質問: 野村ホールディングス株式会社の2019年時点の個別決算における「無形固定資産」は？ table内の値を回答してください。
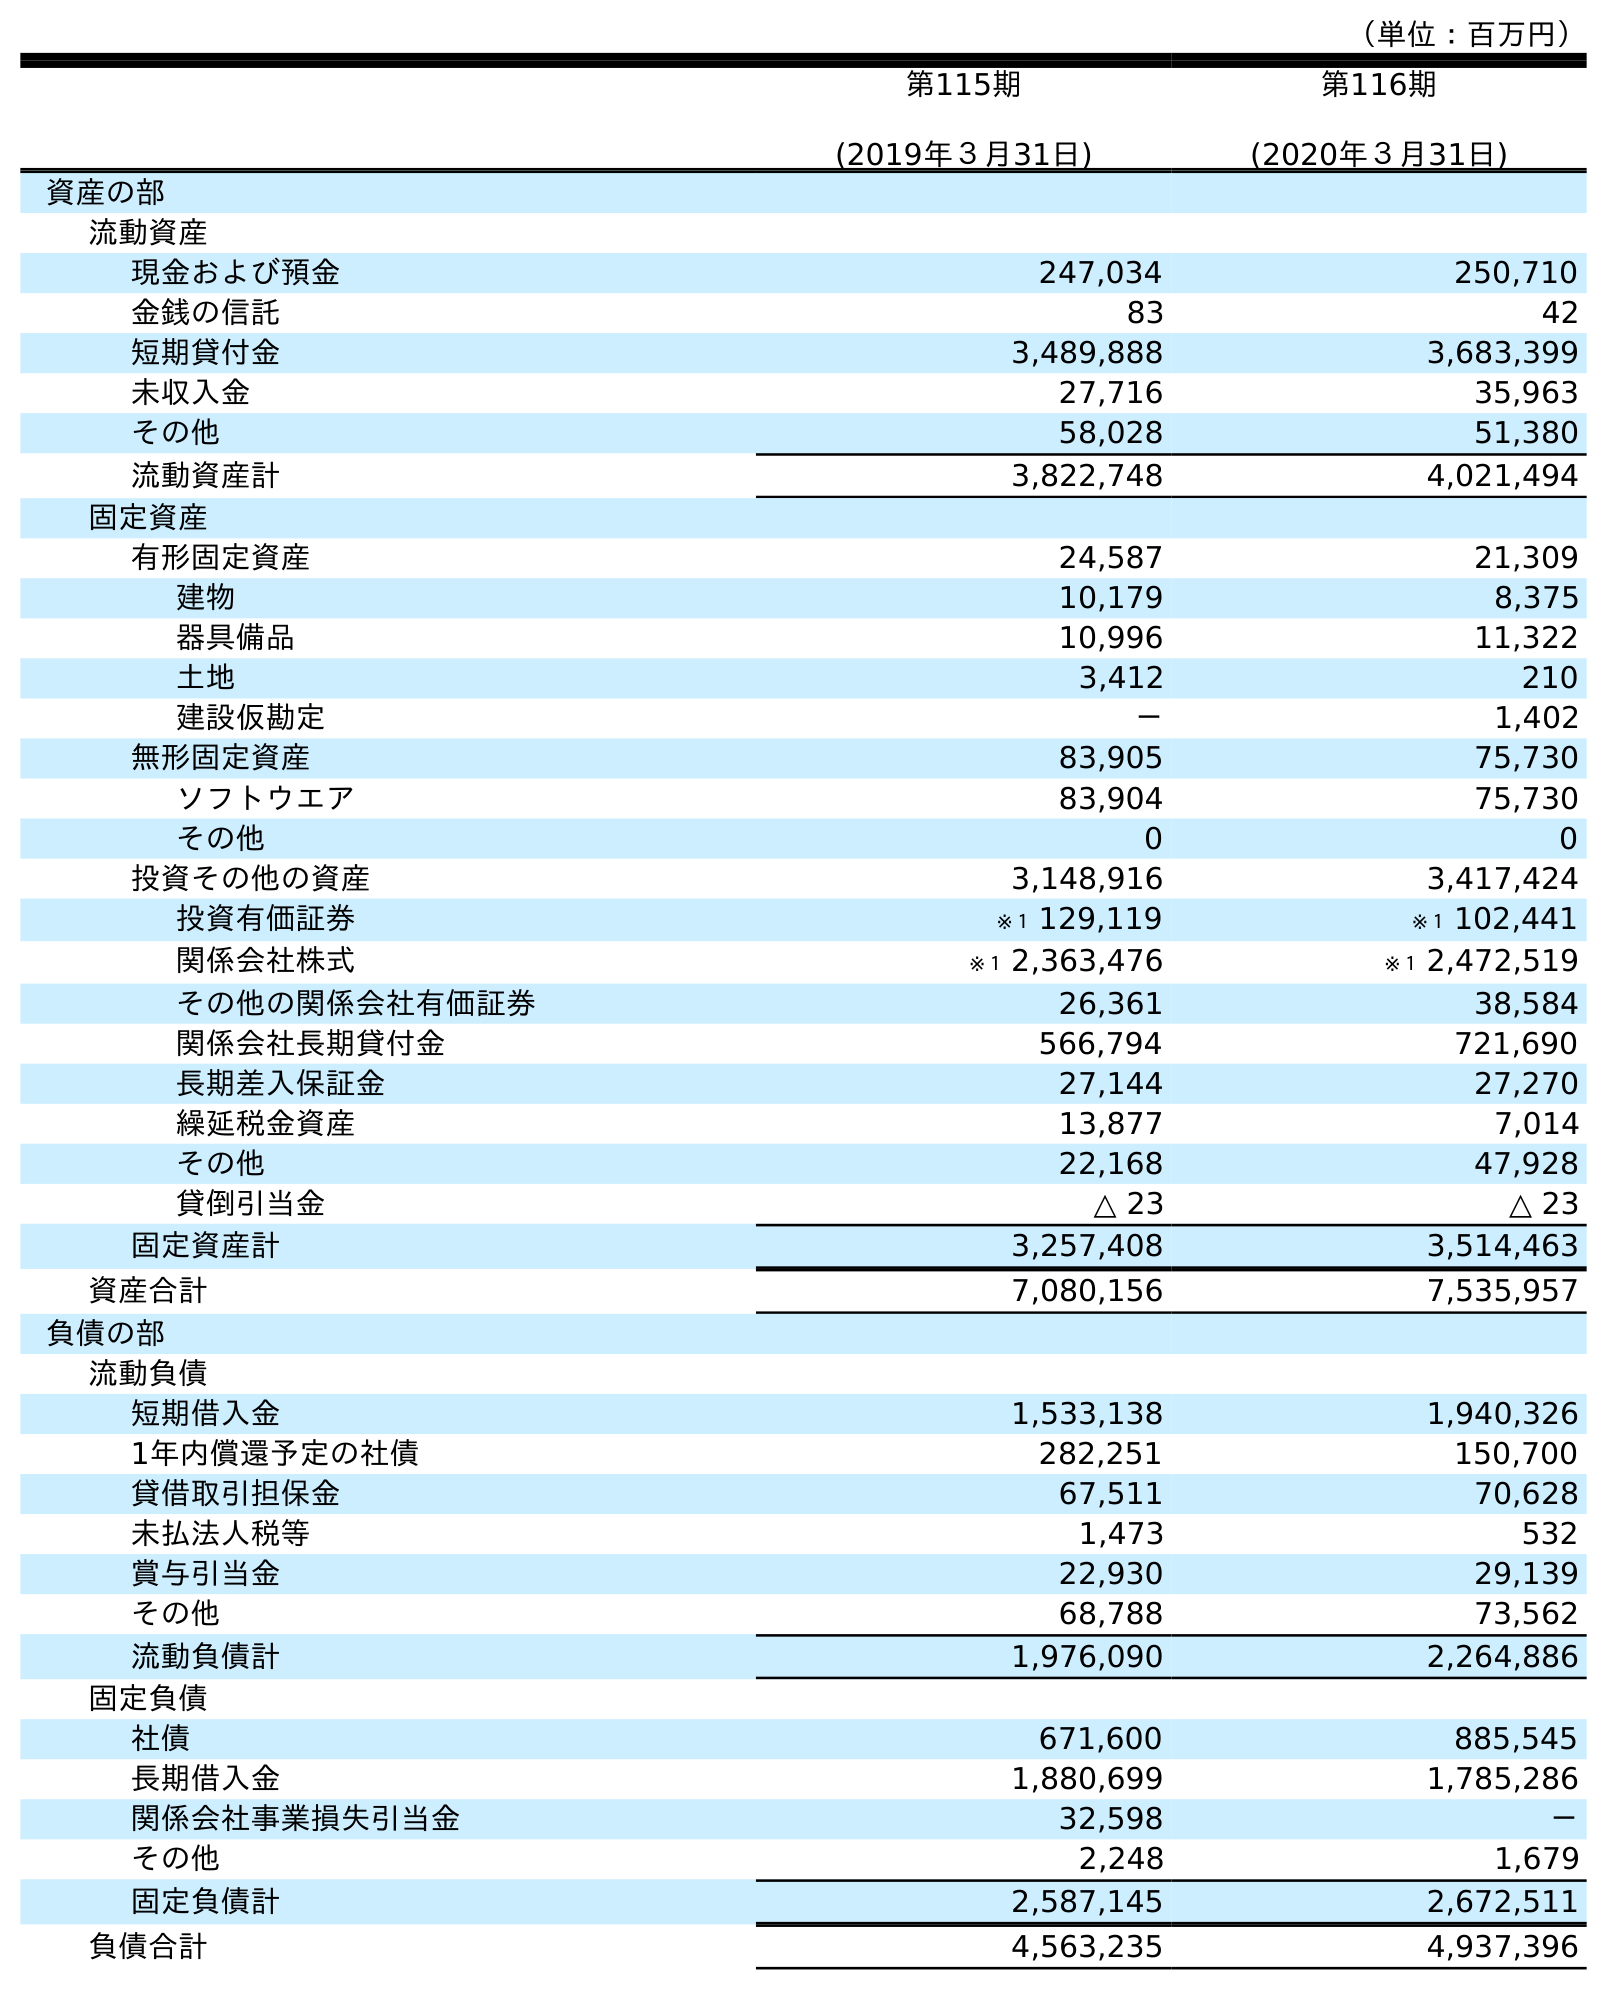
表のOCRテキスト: （単位：百万円） 第115期 (2019年３月31日) 第116期 (2020年３月31日) 資産の部 流動資産 現金および預金 247,034 250,710 金銭の信託 83 42 短期貸付金 3,489,888 3,683,399 未収入金 27,716 35,963 その他 58,028 51,380 流動資産計 3,822,748 4,021,494 固定資産 有形固定資産 24,587 21,309 建物 10,179 8,375 器具備品 10,996 11,322 土地 3,412 210 建設仮勘定 － 1,402 無形固定資産 83,905 75,730 ソフトウエア 83,904 75,730 その他 0 0 投資その他の資産 3,148,916 3,417,424 投資有価証券 ※１ 129,119 ※１ 102,441 関係会社株式 ※１ 2,363,476 ※１ 2,472,519 その他の関係会社有価証券 26,361 38,584 関係会社長期貸付金 566,794 721,690 長期差入保証金 27,144 27,270 繰延税金資産 13,877 7,014 その他 22,168 47,928 貸倒引当金 △ 23 △ 23 固定資産計 3,257,408 3,514,463 資産合計 7,080,156 7,535,957 負債の部 流動負債 短期借入金 1,533,138 1,940,326 1年内償還予定の社債 282,251 150,700 貸借取引担保金 67,511 70,628 未払法人税等 1,473 532 賞与引当金 22,930 29,139 その他 68,788 73,562 流動負債計 1,976,090 2,264,886 固定負債 社債 671,600 885,545 長期借入金 1,880,699 1,785,286 関係会社事業損失引当金 32,598 － その他 2,248 1,679 固定負債計 2,587,145 2,672,511 負債合計 4,563,235 4,937,396
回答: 83,905